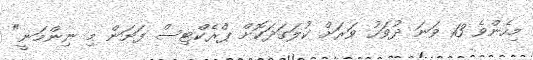
މިހެންވެ 13 ވަނަ ދުވަހު ވަރަށް ކުލަގަދަކޮށް ޕްރެކްޓިސް ފަށަން މި ނިންމަނީ"